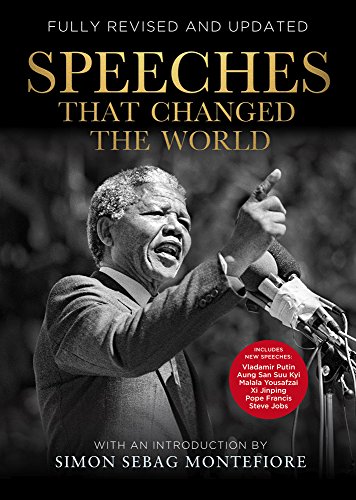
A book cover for Speeches That Changed the World; Simon Sebag Montefiore; Literature & Fiction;